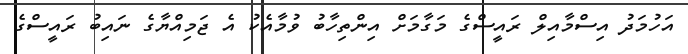
އަހުމަދު އިސްމާއިލް ރައީސްގެ މަގާމަށް އިންތިހާބު ވުމާއެކު އެ ޖަމިއްޔާގެ ނައިބު ރައީސްގެ